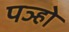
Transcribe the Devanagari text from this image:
पञ्हो